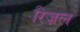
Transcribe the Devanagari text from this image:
रिज़ल